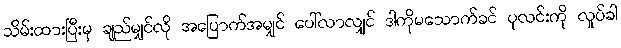
သိမ်းထားပြီးမှ ချည်မျှင်လို အပြောက်အမျှင် ပေါ်လာလျှင် ဒါကိုမသောက်ခင် ပုလင်းကို လှုပ်ခါ